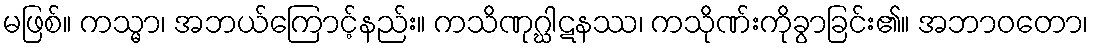
မဖြစ်။ ကသ္မာ၊ အဘယ်ကြောင့်နည်း။ ကသိဏုဂ္ဃါဋနဿ၊ ကသိုဏ်းကိုခွာခြင်း၏။ အဘာဝတော၊